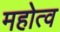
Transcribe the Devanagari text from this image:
महोत्व